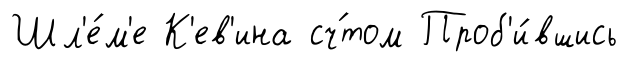
Шл'е́м'е К'ев'ина сч́том Проб'и́вшись